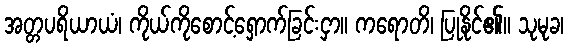
အတ္တပရိယာယံ၊ ကိုယ်ကိုစောင့်ရှောက်ခြင်းငှာ။ ကရောတိ၊ ပြုနိုင်၏။ သုမုခ၊